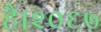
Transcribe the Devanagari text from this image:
है।२०६७